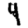
Digit: 4